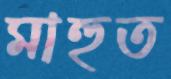
মাহুত